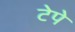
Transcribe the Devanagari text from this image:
टेपे